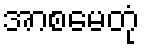
အာစမေတုံ